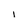
Character: l